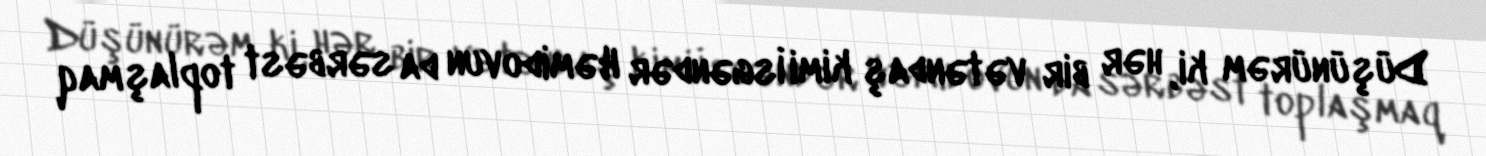
Düşünürəm ki, hər bir vətəndaş kimi İsgəndər Həmidovun da sərbəst toplaşmaq